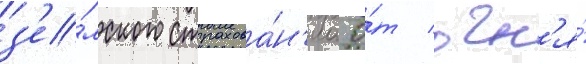
з'е́мского страхова́н'иа о́т огн'я́